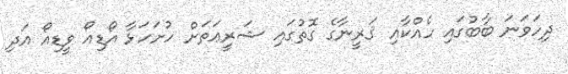
ދިހަވަނަ ބާބުގައި ހެއްކާއި ޤަރީނާގެ ގޮތުގައި ޝަރީޢަތަށް ހުށަހަޅާ އޯޑިއޯ ވީޑިއޯ އަދި